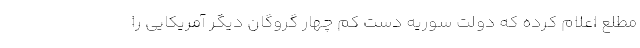
مطلع اعلام کرده که دولت سوریه دست کم چهار گروگان دیگر آمریکایی را